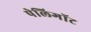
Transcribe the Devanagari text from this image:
पेलिगॉट